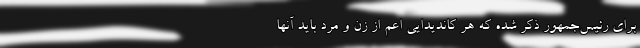
براي رئيس‌جمهور ذکر شده که هر کانديدايي اعم از زن و مرد بايد آنها